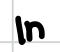
Text: in
Cross-out: clean
Writing tool: digital_black